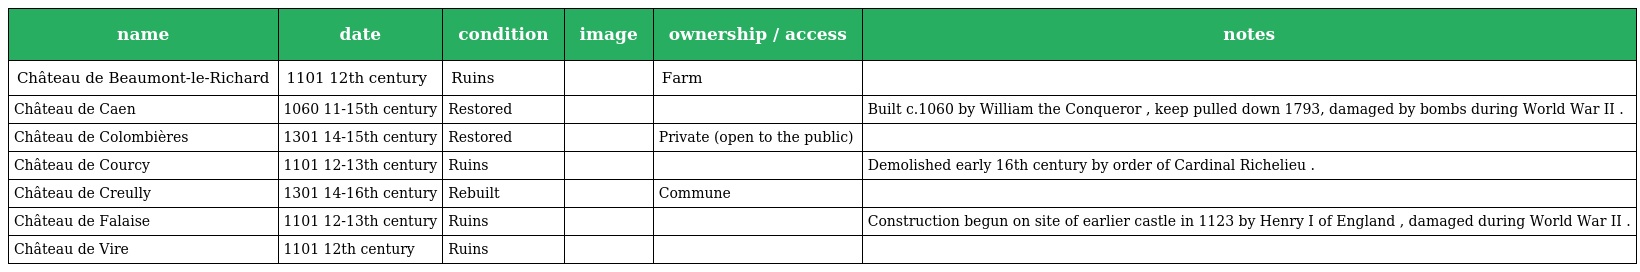
| name | date | condition | image | ownership / access | notes |
 | --- | --- | --- | --- | --- | --- |
 | Château de Beaumont-le-Richard | 1101 12th century | Ruins |  | Farm |  |
 | Château de Caen | 1060 11-15th century | Restored |  |  | Built c.1060 by William the Conqueror , keep pulled down 1793, damaged by bombs during World War II . |
 | Château de Colombières | 1301 14-15th century | Restored |  | Private (open to the public) |  |
 | Château de Courcy | 1101 12-13th century | Ruins |  |  | Demolished early 16th century by order of Cardinal Richelieu . |
 | Château de Creully | 1301 14-16th century | Rebuilt |  | Commune |  |
 | Château de Falaise | 1101 12-13th century | Ruins |  |  | Construction begun on site of earlier castle in 1123 by Henry I of England , damaged during World War II . |
 | Château de Vire | 1101 12th century | Ruins |  |  |  |